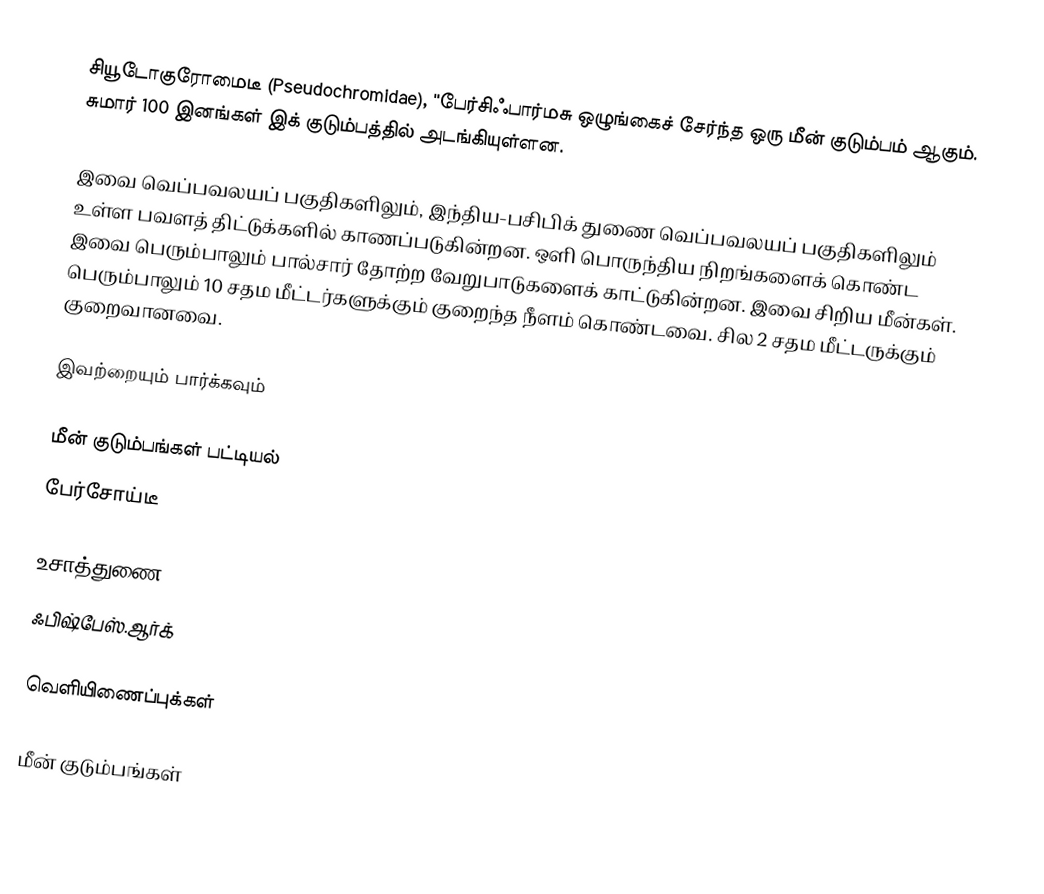
சியூடோகுரோமைடீ (Pseudochromidae), ''பேர்சிஃபார்மசு ஒழுங்கைச் சேர்ந்த ஒரு மீன் குடும்பம் ஆகும். சுமார் 100 இனங்கள் இக் குடும்பத்தில் அடங்கியுள்ளன.

இவை வெப்பவலயப் பகுதிகளிலும், இந்திய-பசிபிக் துணை வெப்பவலயப் பகுதிகளிலும் உள்ள பவளத் திட்டுக்களில் காணப்படுகின்றன. ஒளி பொருந்திய நிறங்களைக் கொண்ட இவை பெரும்பாலும் பால்சார் தோற்ற வேறுபாடுகளைக் காட்டுகின்றன. இவை சிறிய மீன்கள். பெரும்பாலும் 10 சதம மீட்டர்களுக்கும் குறைந்த நீளம் கொண்டவை. சில 2 சதம மீட்டருக்கும் குறைவானவை.

இவற்றையும் பார்க்கவும்

 மீன் குடும்பங்கள் பட்டியல்
 பேர்சோய்டீ

உசாத்துணை
 ஃபிஷ்பேஸ்.ஆர்க்

வெளியிணைப்புக்கள்

மீன் குடும்பங்கள்